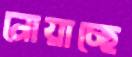
নোয়াচ্ছে